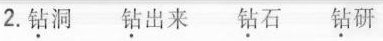
2.钻洞 钻出来 钻石 钻研